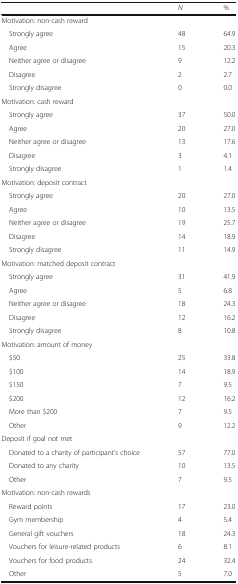
<table><thead><tr><td></td><td><b><i>N</i></b></td><td><b>%</b></td></tr></thead><tbody><tr><td colspan="3">Motivation: non-cash reward</td></tr><tr><td> Strongly agree</td><td>48</td><td>64.9</td></tr><tr><td> Agree</td><td>15</td><td>20.3</td></tr><tr><td> Neither agree or disagree</td><td>9</td><td>12.2</td></tr><tr><td> Disagree</td><td>2</td><td>2.7</td></tr><tr><td> Strongly disagree</td><td>0</td><td>0.0</td></tr><tr><td colspan="3">Motivation: cash reward</td></tr><tr><td> Strongly agree</td><td>37</td><td>50.0</td></tr><tr><td> Agree</td><td>20</td><td>27.0</td></tr><tr><td> Neither agree or disagree</td><td>13</td><td>17.6</td></tr><tr><td> Disagree</td><td>3</td><td>4.1</td></tr><tr><td> Strongly disagree</td><td>1</td><td>1.4</td></tr><tr><td colspan="3">Motivation: deposit contract</td></tr><tr><td> Strongly agree</td><td>20</td><td>27.0</td></tr><tr><td> Agree</td><td>10</td><td>13.5</td></tr><tr><td> Neither agree or disagree</td><td>19</td><td>25.7</td></tr><tr><td> Disagree</td><td>14</td><td>18.9</td></tr><tr><td> Strongly disagree</td><td>11</td><td>14.9</td></tr><tr><td colspan="3">Motivation: matched deposit contract</td></tr><tr><td> Strongly agree</td><td>31</td><td>41.9</td></tr><tr><td> Agree</td><td>5</td><td>6.8</td></tr><tr><td> Neither agree or disagree</td><td>18</td><td>24.3</td></tr><tr><td> Disagree</td><td>12</td><td>16.2</td></tr><tr><td> Strongly disagree</td><td>8</td><td>10.8</td></tr><tr><td colspan="3">Motivation: amount of money</td></tr><tr><td> $50</td><td>25</td><td>33.8</td></tr><tr><td> $100</td><td>14</td><td>18.9</td></tr><tr><td> $150</td><td>7</td><td>9.5</td></tr><tr><td> $200</td><td>12</td><td>16.2</td></tr><tr><td> More than $200</td><td>7</td><td>9.5</td></tr><tr><td> Other</td><td>9</td><td>12.2</td></tr><tr><td colspan="3">Deposit if goal not met</td></tr><tr><td> Donated to a charity of participant’s choice</td><td>57</td><td>77.0</td></tr><tr><td> Donated to any charity</td><td>10</td><td>13.5</td></tr><tr><td> Other</td><td>7</td><td>9.5</td></tr><tr><td colspan="3">Motivation: non-cash rewards</td></tr><tr><td> Reward points</td><td>17</td><td>23.0</td></tr><tr><td> Gym membership</td><td>4</td><td>5.4</td></tr><tr><td> General gift vouchers</td><td>18</td><td>24.3</td></tr><tr><td> Vouchers for leisure-related products</td><td>6</td><td>8.1</td></tr><tr><td> Vouchers for food products</td><td>24</td><td>32.4</td></tr><tr><td> Other</td><td>5</td><td>7.0</td></tr></tbody></table>